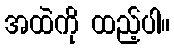
အထဲကို ထည့်ပါ။